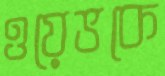
ওয়েভকে